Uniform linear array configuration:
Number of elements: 12
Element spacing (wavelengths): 1
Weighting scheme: uniform
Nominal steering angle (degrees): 60
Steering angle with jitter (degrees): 58.037
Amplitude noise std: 0.05
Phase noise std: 0.05

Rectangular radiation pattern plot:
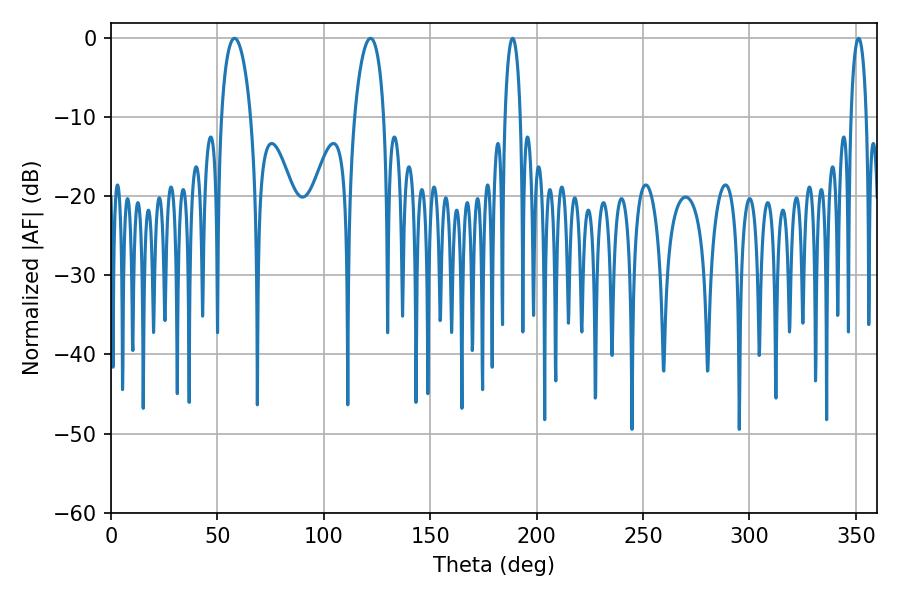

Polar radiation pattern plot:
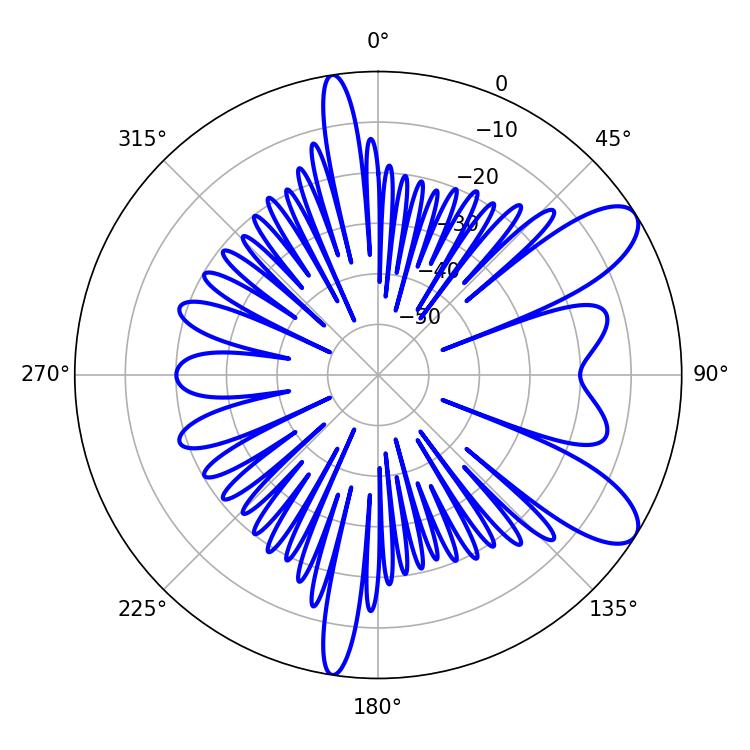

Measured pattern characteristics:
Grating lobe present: TRUE
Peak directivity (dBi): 9.263
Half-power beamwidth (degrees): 7.92
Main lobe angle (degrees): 57.96